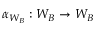
\alpha _ { W _ { B } } : W _ { B } \to W _ { B }